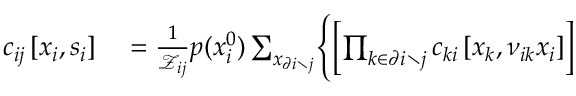
\begin{array} { r l } { c _ { i j } \left[ \boldsymbol { x } _ { i } , \boldsymbol { s } _ { i } \right] } & { { } = \frac { 1 } { \mathcal { Z } _ { i j } } p ( x _ { i } ^ { 0 } ) \sum _ { \boldsymbol { x } _ { \partial i \setminus j } } \Biggl \{ \left[ \prod _ { k \in \partial i \setminus j } c _ { k i } \left[ \boldsymbol { x } _ { k } , \boldsymbol { \nu } _ { i k } \boldsymbol { x } _ { i } \right] \right] } \end{array}